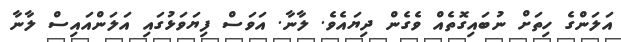
އަލަންގެ ހިތަށް ނުބައިގޮތެއް ވެގެން ދިޔައެވެ. ލާނާ. އަވަސް ފިޔަވަޅުގައި އަލަންއައިސް ލާނާ